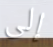
إلى